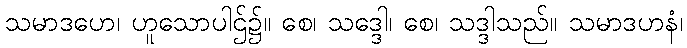
သမာဒဟေ၊ ဟူသောပါဌ်၌။ စေ၊ သဒ္ဒေါ၊ စေ၊ သဒ္ဒါသည်။ သမာဒဟနံ၊